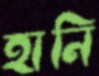
হানি